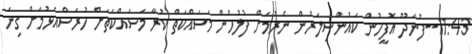
11:43--ފުނަދޫ އޮފީހުން ކައުންސިލަރުން ނެރުމަށް ފުލުހުން މަސައްކަތް ކުރާ މަސައްކަތަށް ހުރަސްއެޅުމަށް ގިނަ